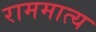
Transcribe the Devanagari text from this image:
राममात्य